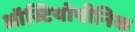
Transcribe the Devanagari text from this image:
ऑस्टियोपीनिक